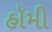
હૉમી